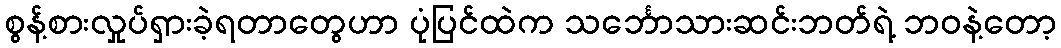
စွန့်စားလှုပ်ရှားခဲ့ရတာတွေဟာ ပုံပြင်ထဲက သင်္ဘောသားဆင်းဘတ်ရဲ့ ဘဝနဲ့တော့